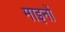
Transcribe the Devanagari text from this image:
माइनों